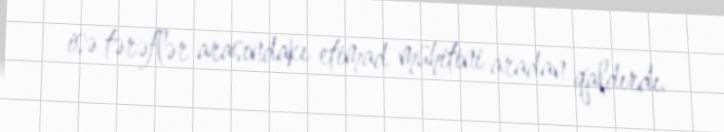
isə tərəflər arasındakı etimad mühitini aradan qaldırdı.